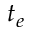
t _ { e }